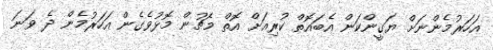
އަހަރުމެންނަށް ޔަގީންކަން އެބައޮތް ކުރިއަށް އޮތް މެޗުން މޮޅުވެގެން އަހަރުމެން ދެ ވަނަ